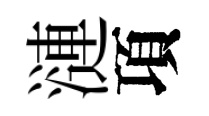
漣項